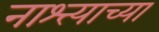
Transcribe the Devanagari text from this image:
नाश्त्याच्या